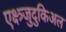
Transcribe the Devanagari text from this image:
एक्ष्त्र्जुदुकिअल